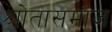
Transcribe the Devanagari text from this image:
श्रोतासमाज